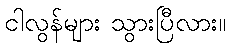
ငါလွန်များ သွားပြီလား။